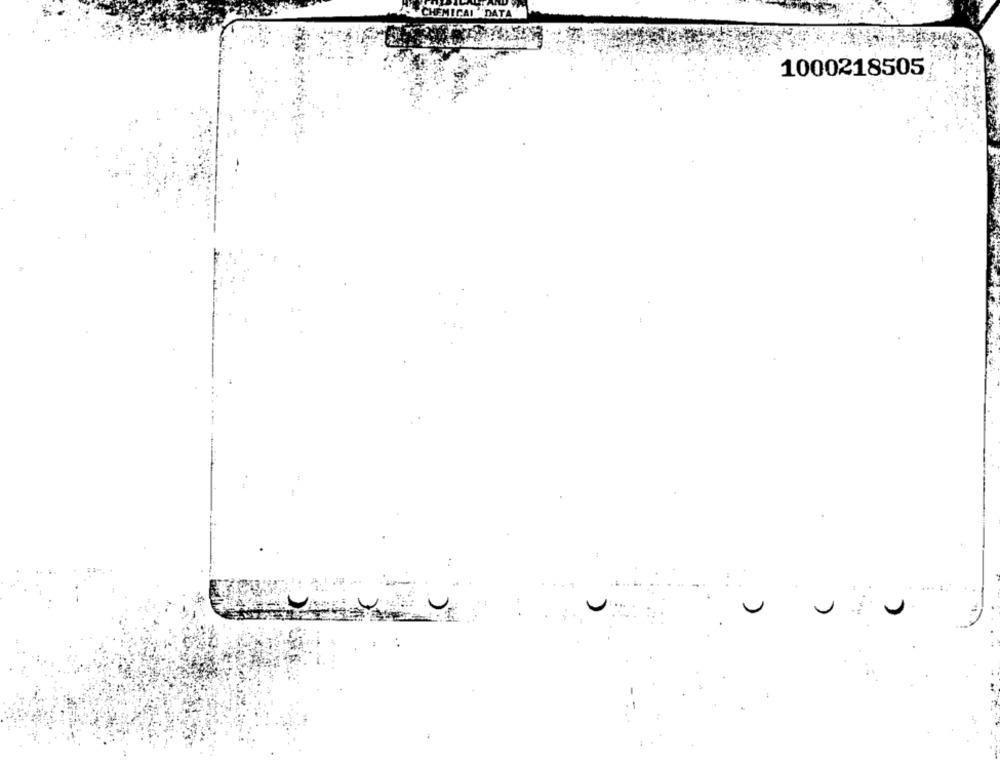
1000218505